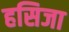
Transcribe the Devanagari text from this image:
हसिजा